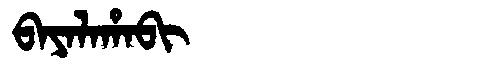
Manchu: ᠪᠠᠶᠠᠯᠠᡥᠠᠪᡳ
Romanization: BAYALAHABI